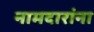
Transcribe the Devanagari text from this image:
नामदारांना